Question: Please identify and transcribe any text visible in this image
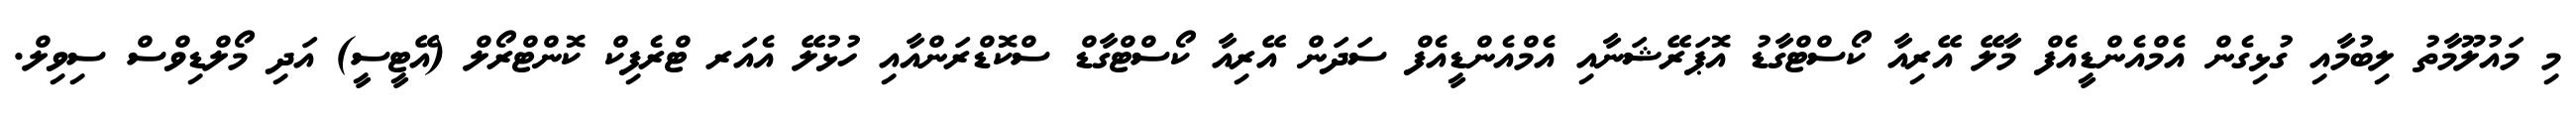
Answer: މި މައުލޫމާތު ލިބުމާއި ގުޅިގެން އެމްއެންޑީއެފް މާލޭ އޭރިއާ ކޯސްޓްގާޑު އޮޕަރޭޝަނާއި އެމްއެންޑީއެފް ސަދަން އޭރިއާ ކޯސްޓްގާޑް ސްކޮޑްރަންއާއި ހުޅުލޭ އެއަރ ޓްރެފިކް ކޮންޓްރޯލް (އޭޓީސީ) އަދި މޯލްޑިވްސް ސިވިލް.